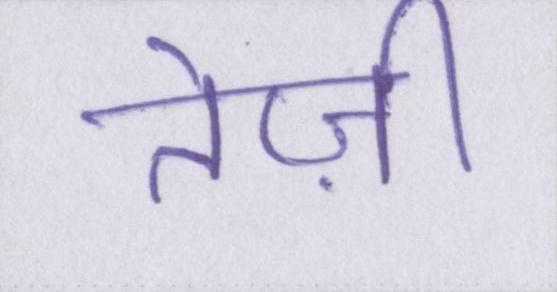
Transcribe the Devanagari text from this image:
तेज़ी